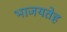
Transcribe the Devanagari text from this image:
भाजयतेह